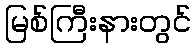
မြစ်ကြီးနားတွင်